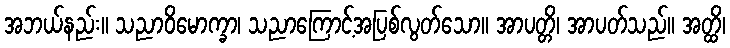
အဘယ်နည်း။ သညာဝိမောက္ခာ၊ သညာကြောင့်အပြစ်လွတ်သော။ အာပတ္တိ၊ အာပတ်သည်။ အတ္ထိ၊